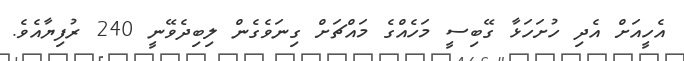
އެހީއަށް އެދި ހުށަހަޅާ ގޭބިސީ މަހެއްގެ މައްޗަށް ގިނަވެގެން ލިބިދެވޭނީ 240 ރުފިޔާއެވެ.